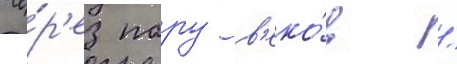
Че́р'ез пару в'еко́в /